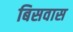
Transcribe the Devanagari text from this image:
बिसवास